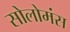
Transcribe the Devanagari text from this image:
सोलोमंस